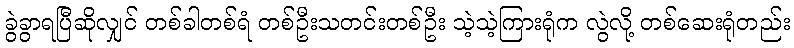
ခွဲခွာရပြီဆိုလျှင် တစ်ခါတစ်ရံ တစ်ဦးသတင်းတစ်ဦး သဲ့သဲ့ကြားရုံက လွဲလို့ တစ်ဆေးရုံတည်း